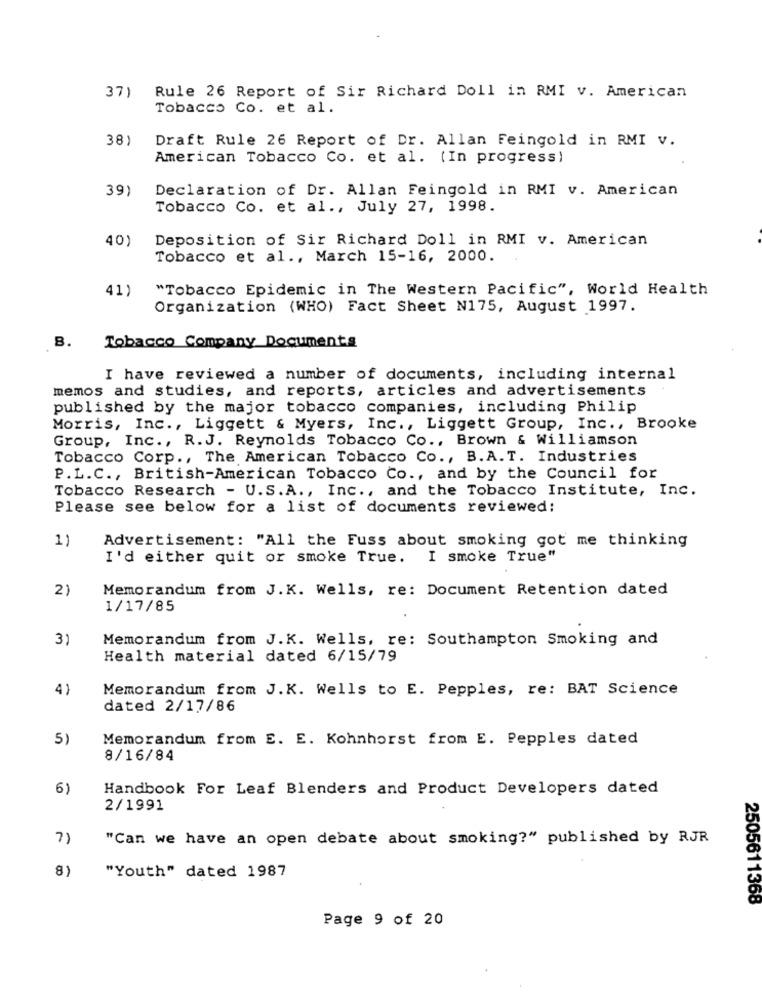
Rule 26 Report of Sir Richard Doll in RMI v. American
37)
Tobacco Co. et al.
38)
Draft Rule 26 Report of Dr. Allan Feingold in RMI v.
American Tobacco Co. et al. (In progress)
39)
Declaration of Dr. Allan Feingold in RMI v. American
Tobacco Co. et al ., July 27, 1998.
40)
Deposition of Sir Richard Doll in RMI v. American
Tobacco et al ., March 15-16, 2000.
41)
"Tobacco Epidemic in The Western Pacific", World Health
Organization (WHO) Fact Sheet N175, August 1997.
B.
Tobacco Company Documents
I have reviewed a number of documents, including internal
memos and studies, and reports, articles and advertisements
published by the major tobacco companies, including Philip
Morris, Inc ., Liggett & Myers, Inc ., Liggett Group, Inc ., Brooke
Group, Inc ., R.J. Reynolds Tobacco Co ., Brown & Williamson
Tobacco Corp ., The American Tobacco Co ., B.A.T. Industries
P.L.C ., British-American Tobacco Co ., and by the Council for
Tobacco Research - U.S.A ., Inc ., and the Tobacco Institute, Inc.
Please see below for a list of documents reviewed:
1)
Advertisement: "All the Fuss about smoking got me thinking
I'd either quit or smoke True.
I smoke True"
2)
Memorandum from J.K. Wells, re: Document Retention dated
1/17/85
3)
Memorandum from J.K. Wells, re: Southampton Smoking and
Health material dated 6/15/79
4)
Memorandum from J.K. Wells to E. Pepples, re: BAT Science
dated 2/17/86
5)
Memorandum from E. E. Kohnhorst from E. Pepples dated
8/16/84
6)
Handbook For Leaf Blenders and Product Developers dated
2/1991
7)
"Can we have an open debate about smoking?" published by RJR
8)
"Youth" dated 1987
2505611368
Page 9 of 20